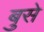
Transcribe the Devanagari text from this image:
बुसे